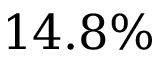
1 4 . 8 \%